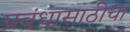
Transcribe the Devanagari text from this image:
प्रबंधासाठीचा